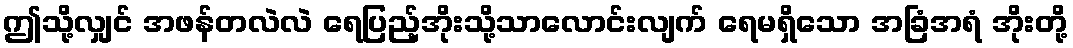
ဤသို့လျှင် အဖန်တလဲလဲ ရေပြည့်အိုးသို့သာလောင်းလျက် ရေမရှိသော အခြံအရံ အိုးတို့